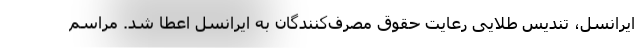
ایرانسل، تندیس طلایی رعایت حقوق مصرف‌کنندگان به ایرانسل اعطا شد. مراسم